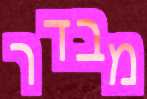
מבדר